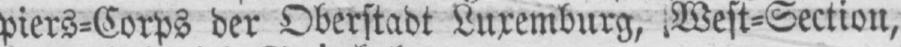
piers⸗Corps der Oberstadt Luxemburg, West⸗Section,